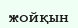
жойқын